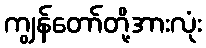
ကျွန်တော်တို့အားလုံး